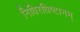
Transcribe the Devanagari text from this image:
निधिरधिष्टानम्